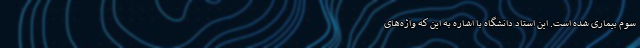
سوم بیماری شده است. این استاد دانشگاه با اشاره به این که واژه‌های